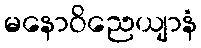
မနောဝိညေယျာနံ